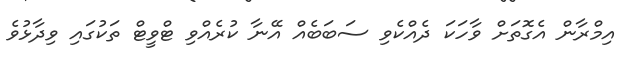
އިމްރާން އެގޮތަށް ވާހަކަ ދެއްކެވި ސަބަބެއް އޭނާ ކުރެއްވި ޓްވީޓް ތަކުގައި ވިދާޅުވެ